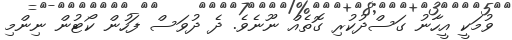
ވުމަކީ އީހާނު ގަސްދުކުރި ގޮތެއް ނޫނެވެ. ދެ ދުވަސް ފަހުން ކޯޓުން ނިންމި